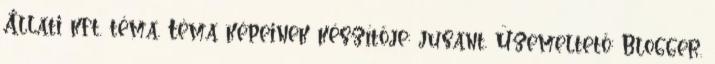
Állati kft. téma. Téma képeinek készítője: jusant. Üzemeltető: Blogger.